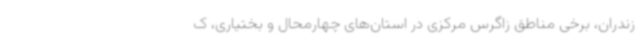
زندران، برخی مناطق زاگرس مرکزی در استان‌های چهارمحال و بختیاری، ک